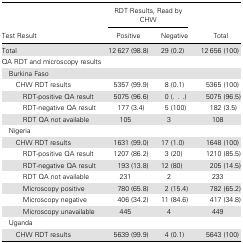
| <ROWSPAN=2> Test Result | <COLSPAN=2> RDT Results, Read by CHW | <ROWSPAN=2> Total |
 | Positive | Negative |
 | --- | --- | --- | --- |
 | Total | 12 627 (98.8) | 29 (0.2) | 12 656 (100) |
 | <COLSPAN=4> QA RDT and microscopy results |
 | <COLSPAN=4> Burkina Faso |
 | CHW RDT results | 5357 (99.9) | 8 (0.1) | 5365 (100) |
 | RDT-positive QA result | 5075 (96.6) | 0 (...) | 5075 (96.5) |
 | RDT-negative QA result | 177 (3.4) | 5 (100) | 182 (3.5) |
 | RDT QA not available | 105 | 3 | 108 |
 | <COLSPAN=4> Nigeria |
 | CHW RDT results | 1631 (99.0) | 17 (1.0) | 1648 (100) |
 | RDT-positive QA result | 1207 (86.2) | 3 (20) | 1210 (85.5) |
 | RDT-negative QA result | 193 (13.8) | 12 (80) | 205 (14.5) |
 | RDT QA not available | 231 | 2 | 233 |
 | Microscopy positive | 780 (65.8) | 2 (15.4) | 782 (65.2) |
 | Microscopy negative | 406 (34.2) | 11 (84.6) | 417 (34.8) |
 | Microscopy unavailable | 445 | 4 | 449 |
 | <COLSPAN=4> Uganda |
 | CHW RDT results | 5639 (99.9) | 4 (0.1) | 5643 (100) |